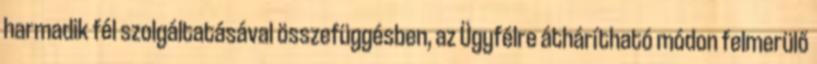
harmadik fél szolgáltatásával összefüggésben, az Ügyfélre áthárítható módon felmerülő